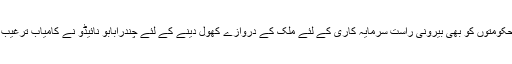
مرکزی حکومتوں کو بھی بیرونی راست سرمایہ کاری کے لئے ملک کے دروازے کھول دینے کے لئے چندرابابو نائیڈو نے کامیاب ترغیب دی تھی۔